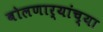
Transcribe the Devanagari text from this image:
बोलणार्‍यांच्या